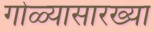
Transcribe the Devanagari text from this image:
गोळ्यासारख्या